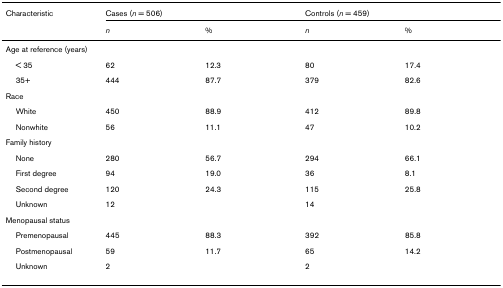
<table><thead><tr><td><b>Characteristic</b></td><td colspan="2"><b>Cases (<i>n </i>= 506)</b></td><td colspan="2"><b>Controls (<i>n </i>= 459)</b></td></tr><tr><td></td><td><b><i>n</i></b></td><td><b>%</b></td><td><b><i>n</i></b></td><td><b>%</b></td></tr></thead><tbody><tr><td>Age at reference (years)</td><td></td><td></td><td></td><td></td></tr><tr><td> &lt; 35</td><td>62</td><td>12.3</td><td>80</td><td>17.4</td></tr><tr><td> 35+</td><td>444</td><td>87.7</td><td>379</td><td>82.6</td></tr><tr><td>Race</td><td></td><td></td><td></td><td></td></tr><tr><td> White</td><td>450</td><td>88.9</td><td>412</td><td>89.8</td></tr><tr><td> Nonwhite</td><td>56</td><td>11.1</td><td>47</td><td>10.2</td></tr><tr><td>Family history</td><td></td><td></td><td></td><td></td></tr><tr><td> None</td><td>280</td><td>56.7</td><td>294</td><td>66.1</td></tr><tr><td> First degree</td><td>94</td><td>19.0</td><td>36</td><td>8.1</td></tr><tr><td> Second degree</td><td>120</td><td>24.3</td><td>115</td><td>25.8</td></tr><tr><td> Unknown</td><td>12</td><td></td><td>14</td><td></td></tr><tr><td>Menopausal status</td><td></td><td></td><td></td><td></td></tr><tr><td> Premenopausal</td><td>445</td><td>88.3</td><td>392</td><td>85.8</td></tr><tr><td> Postmenopausal</td><td>59</td><td>11.7</td><td>65</td><td>14.2</td></tr><tr><td> Unknown</td><td>2</td><td></td><td>2</td><td></td></tr></tbody></table>